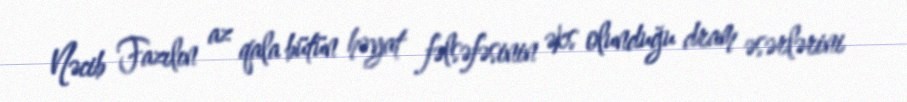
Nəcib Fazılın az qala bütün həyat fəlsəfəsinin əks olunduğu dram əsərlərini